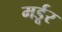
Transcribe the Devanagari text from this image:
मर्डूर